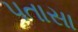
પતાસા